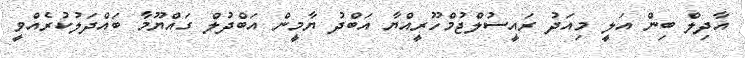
އާދިލް ބިން އަލީ މިއަދު ރައީސުލްޖުމްހޫރީއްޔާ އަބްދު ޔާމީން އަބްދުލް ގައްޔޫމާ ބައްދަލުކުރެއްވީ